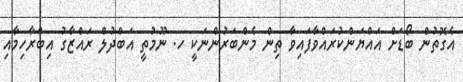
އެގޮތުން ބޯޑަށް އައްޔަންކުރައްވާފައިވާ ތިން މެންބަރުންނަކީ ހ. ނޫމުތީ އަބްދުލް ރައްޒާގު އިބްރާހިމާއި